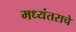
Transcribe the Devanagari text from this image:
मध्यंतराचे